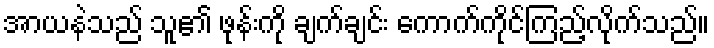
အာယနဲသည် သူ၏ ဖုန်းကို ချက်ချင်း ကောက်ကိုင်ကြည့်လိုက်သည်။